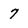
Character: 7